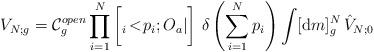
LaTeX: \begin{align*}V_{N;g}= {\cal C}_{g}^{open} \prod_{i=1}^{N} \bigg[ {}_i\!<\!p_{i};O_{a}|\bigg] \,\,\delta \left( \sum_{i=1}^{N} p_{i} \right) \int [{\mbox d}m]^{N}_{g}\,{\hat{V}}_{N;0}\end{align*}